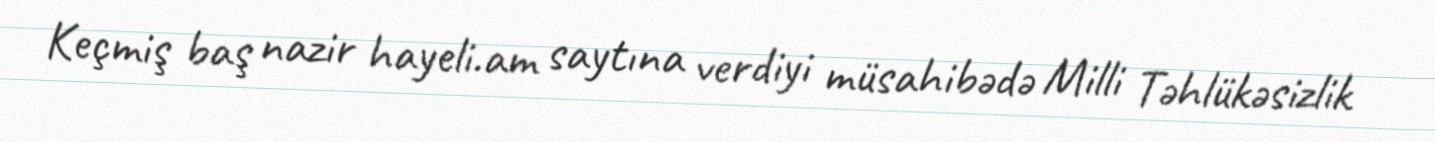
Keçmiş baş nazir hayeli.am saytına verdiyi müsahibədə Milli Təhlükəsizlik